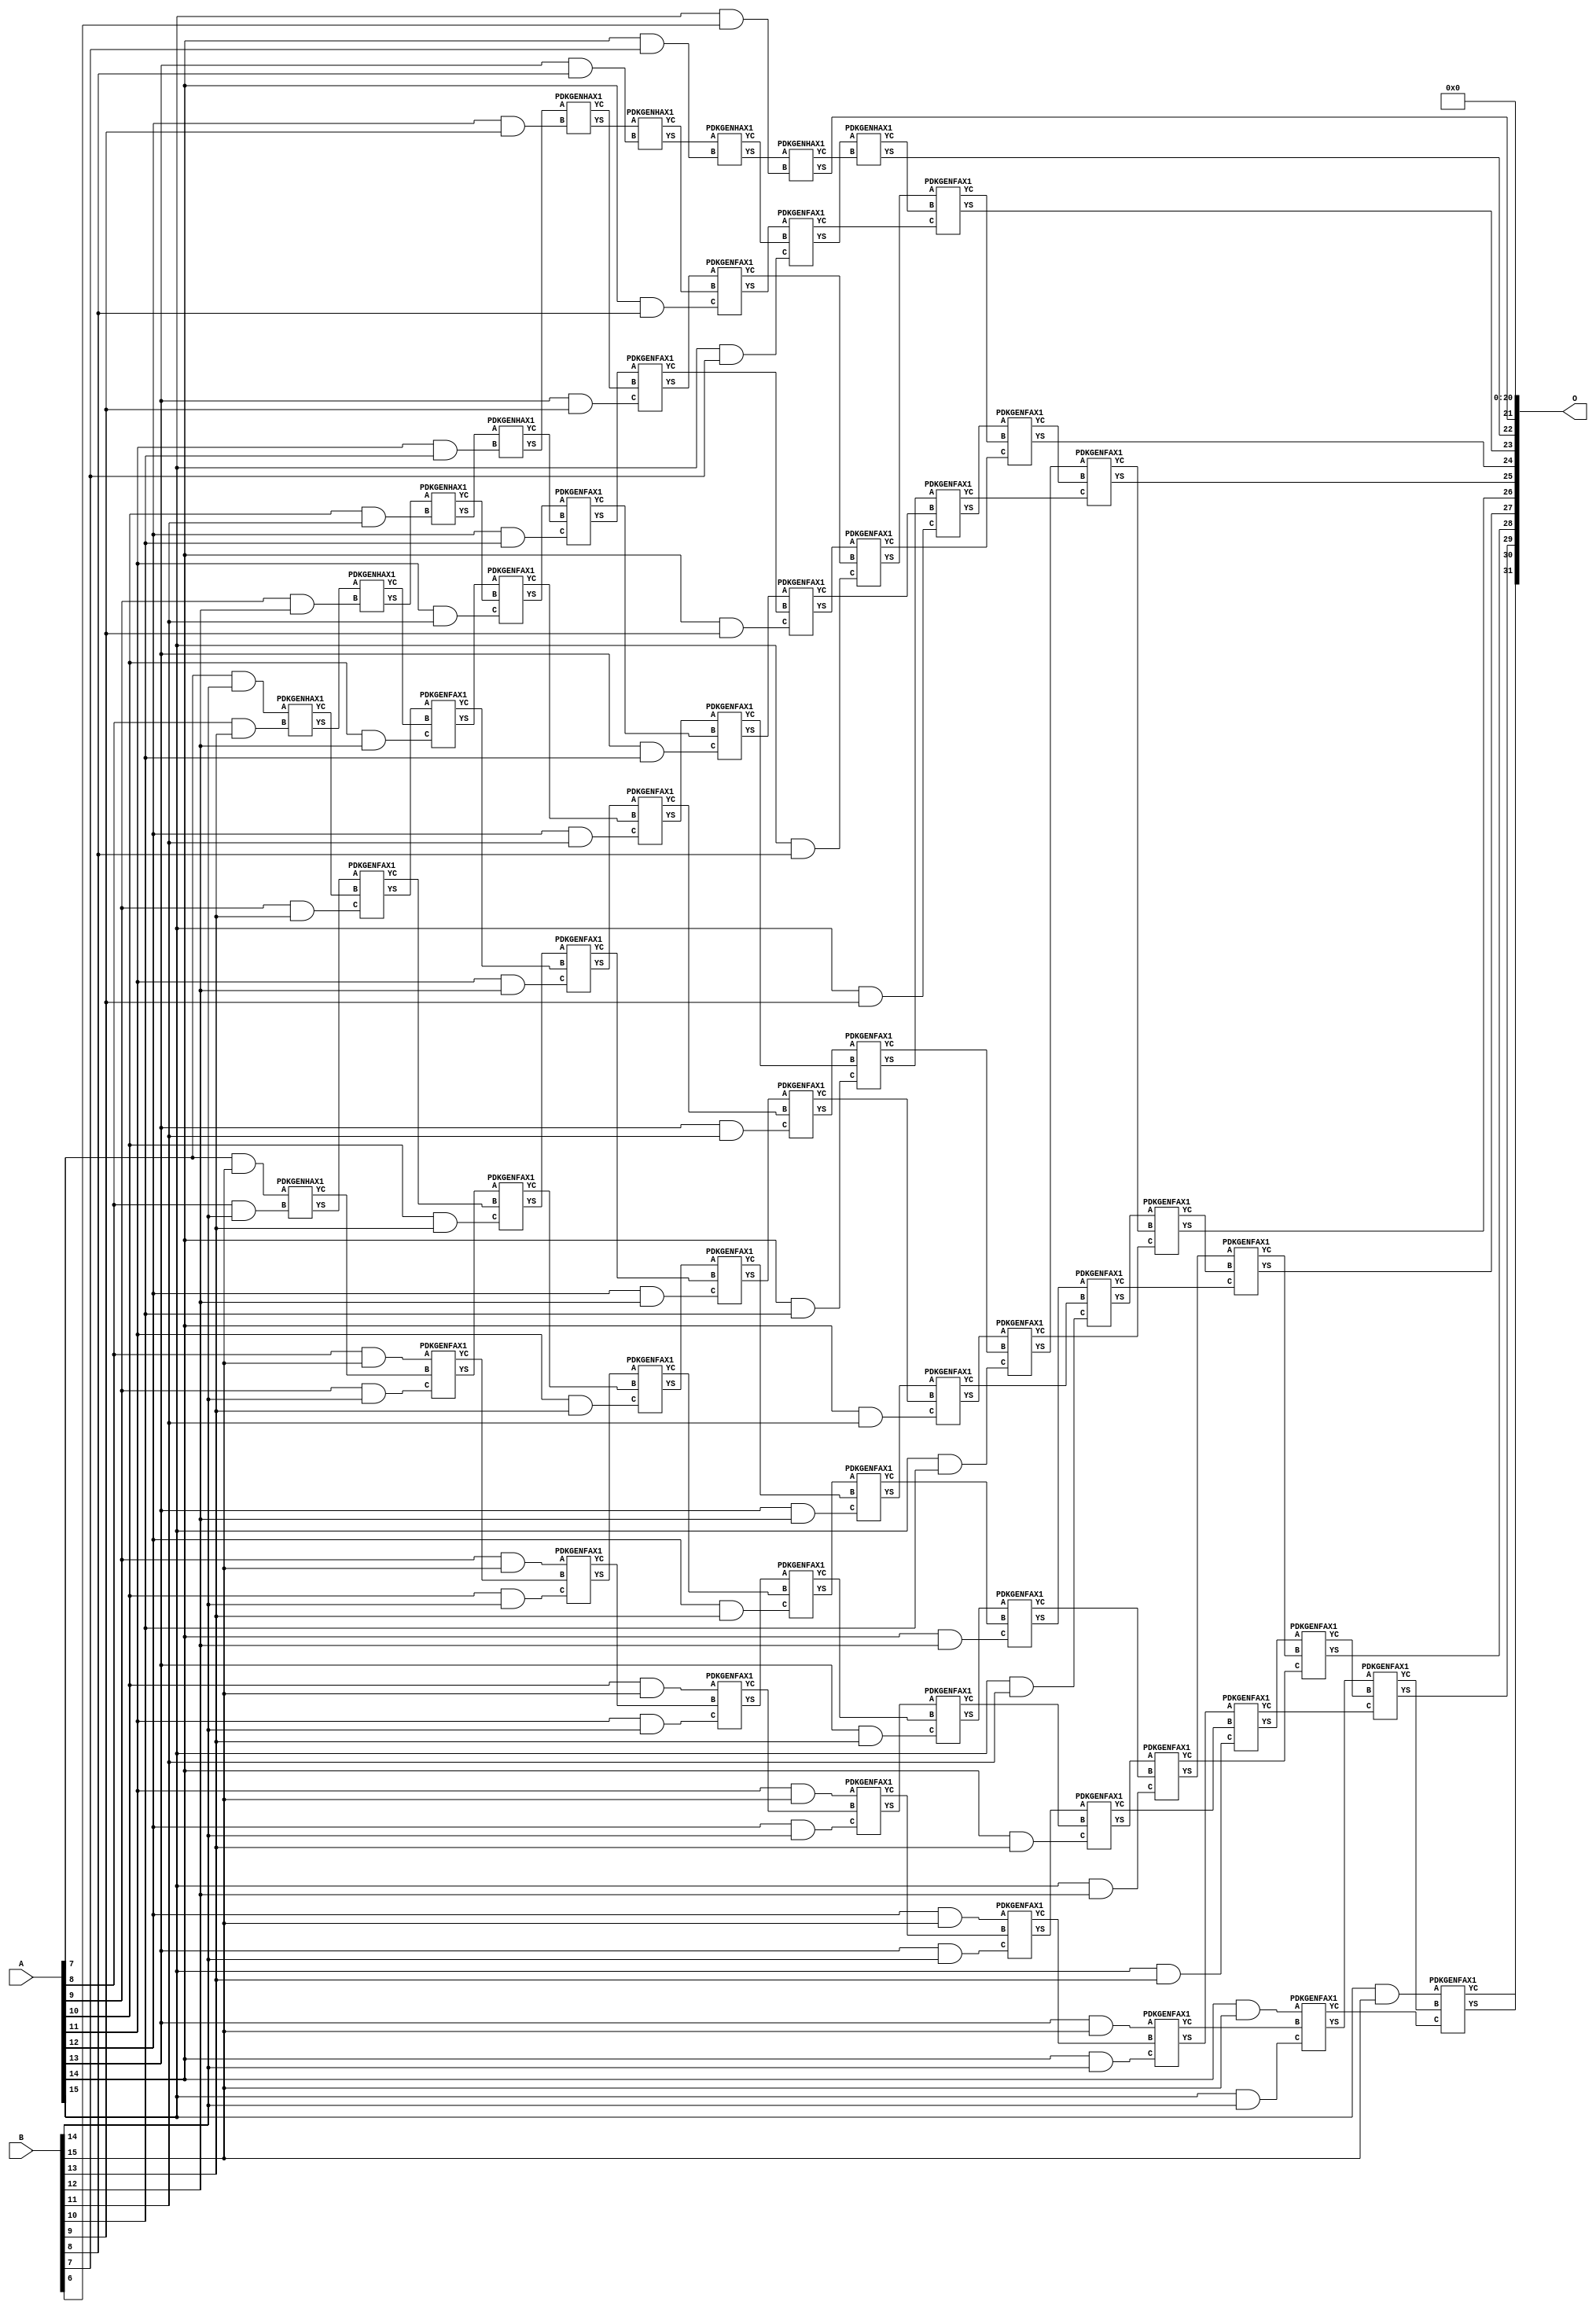
/***
* This code is a part of EvoApproxLib library (ehw.fit.vutbr.cz/approxlib) distributed under The MIT License.
* When used, please cite the following article(s): V. Mrazek, Z. Vasicek, L. Sekanina, H. Jiang and J. Han, "Scalable Construction of Approximate Multipliers With Formally Guaranteed Worst Case Error" in IEEE Transactions on Very Large Scale Integration (VLSI) Systems, vol. 26, no. 11, pp. 2572-2576, Nov. 2018. doi: 10.1109/TVLSI.2018.2856362 
* This file contains a circuit from a sub-set of pareto optimal circuits with respect to the pwr and wce parameters
***/
// MAE% = 0.16 %
// MAE = 6782976 
// WCE% = 0.63 %
// WCE = 27131905 
// WCRE% = 100.00 %
// EP% = 100.00 %
// MRE% = 3.06 %
// MSE = 55158.891e9 
// PDK45_PWR = 0.401 mW
// PDK45_AREA = 642.0 um2
// PDK45_DELAY = 1.97 ns


module mul16u_GPE ( A, B, O );
  input [15:0] A;
  input [15:0] B;
  output [31:0] O;

  wire C_10_11,C_10_12,C_10_13,C_10_14,C_11_10,C_11_11,C_11_12,C_11_13,C_11_14,C_12_10,C_12_11,C_12_12,C_12_13,C_12_14,C_12_9,C_13_10,C_13_11,C_13_12,C_13_13,C_13_14,C_13_8,C_13_9,C_14_10,C_14_11,C_14_12,C_14_13,C_14_14,C_14_7,C_14_8,C_14_9,C_15_10,C_15_11,C_15_12,C_15_13,C_15_14,C_15_6,C_15_7,C_15_8,C_15_9,C_16_10,C_16_11,C_16_12,C_16_13,C_16_14,C_16_6,C_16_7,C_16_8,C_16_9,C_8_13,C_8_14,C_9_12,C_9_13,C_9_14,S_10_11,S_10_12,S_10_13,S_10_14,S_10_15,S_11_10,S_11_11,S_11_12,S_11_13,S_11_14,S_11_15,S_12_10,S_12_11,S_12_12,S_12_13,S_12_14,S_12_15,S_12_9,S_13_10,S_13_11,S_13_12,S_13_13,S_13_14,S_13_15,S_13_8,S_13_9,S_14_10,S_14_11,S_14_12,S_14_13,S_14_14,S_14_15,S_14_7,S_14_8,S_14_9,S_15_10,S_15_11,S_15_12,S_15_13,S_15_14,S_15_15,S_15_6,S_15_7,S_15_8,S_15_9,S_16_10,S_16_11,S_16_12,S_16_13,S_16_14,S_16_15,S_16_5,S_16_6,S_16_7,S_16_8,S_16_9,S_7_14,S_7_15,S_8_13,S_8_14,S_8_15,S_9_12,S_9_13,S_9_14,S_9_15;

  assign S_7_14 = (A[7] & B[14]);
  assign S_7_15 = (A[7] & B[15]);
  PDKGENHAX1 U184446 (.A(S_7_14), .B((A[8] & B[13])), .YS(S_8_13), .YC(C_8_13));
  PDKGENHAX1 U184447 (.A(S_7_15), .B((A[8] & B[14])), .YS(S_8_14), .YC(C_8_14));
  assign S_8_15 = (A[8] & B[15]);
  PDKGENHAX1 U184461 (.A(S_8_13), .B((A[9] & B[12])), .YS(S_9_12), .YC(C_9_12));
  PDKGENFAX1 U184462 (.A(S_8_14), .B(C_8_13), .C((A[9] & B[13])), .YS(S_9_13), .YC(C_9_13));
  PDKGENFAX1 U184463 (.A(S_8_15), .B(C_8_14), .C((A[9] & B[14])), .YS(S_9_14), .YC(C_9_14));
  assign S_9_15 = (A[9] & B[15]);
  PDKGENHAX1 U184476 (.A(S_9_12), .B((A[10] & B[11])), .YS(S_10_11), .YC(C_10_11));
  PDKGENFAX1 U184477 (.A(S_9_13), .B(C_9_12), .C((A[10] & B[12])), .YS(S_10_12), .YC(C_10_12));
  PDKGENFAX1 U184478 (.A(S_9_14), .B(C_9_13), .C((A[10] & B[13])), .YS(S_10_13), .YC(C_10_13));
  PDKGENFAX1 U184479 (.A(S_9_15), .B(C_9_14), .C((A[10] & B[14])), .YS(S_10_14), .YC(C_10_14));
  assign S_10_15 = (A[10] & B[15]);
  PDKGENHAX1 U184491 (.A(S_10_11), .B((A[11] & B[10])), .YS(S_11_10), .YC(C_11_10));
  PDKGENFAX1 U184492 (.A(S_10_12), .B(C_10_11), .C((A[11] & B[11])), .YS(S_11_11), .YC(C_11_11));
  PDKGENFAX1 U184493 (.A(S_10_13), .B(C_10_12), .C((A[11] & B[12])), .YS(S_11_12), .YC(C_11_12));
  PDKGENFAX1 U184494 (.A(S_10_14), .B(C_10_13), .C((A[11] & B[13])), .YS(S_11_13), .YC(C_11_13));
  PDKGENFAX1 U184495 (.A(S_10_15), .B(C_10_14), .C((A[11] & B[14])), .YS(S_11_14), .YC(C_11_14));
  assign S_11_15 = (A[11] & B[15]);
  PDKGENHAX1 U184506 (.A(S_11_10), .B((A[12] & B[9])), .YS(S_12_9), .YC(C_12_9));
  PDKGENFAX1 U184507 (.A(S_11_11), .B(C_11_10), .C((A[12] & B[10])), .YS(S_12_10), .YC(C_12_10));
  PDKGENFAX1 U184508 (.A(S_11_12), .B(C_11_11), .C((A[12] & B[11])), .YS(S_12_11), .YC(C_12_11));
  PDKGENFAX1 U184509 (.A(S_11_13), .B(C_11_12), .C((A[12] & B[12])), .YS(S_12_12), .YC(C_12_12));
  PDKGENFAX1 U184510 (.A(S_11_14), .B(C_11_13), .C((A[12] & B[13])), .YS(S_12_13), .YC(C_12_13));
  PDKGENFAX1 U184511 (.A(S_11_15), .B(C_11_14), .C((A[12] & B[14])), .YS(S_12_14), .YC(C_12_14));
  assign S_12_15 = (A[12] & B[15]);
  PDKGENHAX1 U184521 (.A(S_12_9), .B((A[13] & B[8])), .YS(S_13_8), .YC(C_13_8));
  PDKGENFAX1 U184522 (.A(S_12_10), .B(C_12_9), .C((A[13] & B[9])), .YS(S_13_9), .YC(C_13_9));
  PDKGENFAX1 U184523 (.A(S_12_11), .B(C_12_10), .C((A[13] & B[10])), .YS(S_13_10), .YC(C_13_10));
  PDKGENFAX1 U184524 (.A(S_12_12), .B(C_12_11), .C((A[13] & B[11])), .YS(S_13_11), .YC(C_13_11));
  PDKGENFAX1 U184525 (.A(S_12_13), .B(C_12_12), .C((A[13] & B[12])), .YS(S_13_12), .YC(C_13_12));
  PDKGENFAX1 U184526 (.A(S_12_14), .B(C_12_13), .C((A[13] & B[13])), .YS(S_13_13), .YC(C_13_13));
  PDKGENFAX1 U184527 (.A(S_12_15), .B(C_12_14), .C((A[13] & B[14])), .YS(S_13_14), .YC(C_13_14));
  assign S_13_15 = (A[13] & B[15]);
  PDKGENHAX1 U184536 (.A(S_13_8), .B((A[14] & B[7])), .YS(S_14_7), .YC(C_14_7));
  PDKGENFAX1 U184537 (.A(S_13_9), .B(C_13_8), .C((A[14] & B[8])), .YS(S_14_8), .YC(C_14_8));
  PDKGENFAX1 U184538 (.A(S_13_10), .B(C_13_9), .C((A[14] & B[9])), .YS(S_14_9), .YC(C_14_9));
  PDKGENFAX1 U184539 (.A(S_13_11), .B(C_13_10), .C((A[14] & B[10])), .YS(S_14_10), .YC(C_14_10));
  PDKGENFAX1 U184540 (.A(S_13_12), .B(C_13_11), .C((A[14] & B[11])), .YS(S_14_11), .YC(C_14_11));
  PDKGENFAX1 U184541 (.A(S_13_13), .B(C_13_12), .C((A[14] & B[12])), .YS(S_14_12), .YC(C_14_12));
  PDKGENFAX1 U184542 (.A(S_13_14), .B(C_13_13), .C((A[14] & B[13])), .YS(S_14_13), .YC(C_14_13));
  PDKGENFAX1 U184543 (.A(S_13_15), .B(C_13_14), .C((A[14] & B[14])), .YS(S_14_14), .YC(C_14_14));
  assign S_14_15 = (A[14] & B[15]);
  PDKGENHAX1 U184551 (.A(S_14_7), .B((A[15] & B[6])), .YS(S_15_6), .YC(C_15_6));
  PDKGENFAX1 U184552 (.A(S_14_8), .B(C_14_7), .C((A[15] & B[7])), .YS(S_15_7), .YC(C_15_7));
  PDKGENFAX1 U184553 (.A(S_14_9), .B(C_14_8), .C((A[15] & B[8])), .YS(S_15_8), .YC(C_15_8));
  PDKGENFAX1 U184554 (.A(S_14_10), .B(C_14_9), .C((A[15] & B[9])), .YS(S_15_9), .YC(C_15_9));
  PDKGENFAX1 U184555 (.A(S_14_11), .B(C_14_10), .C((A[15] & B[10])), .YS(S_15_10), .YC(C_15_10));
  PDKGENFAX1 U184556 (.A(S_14_12), .B(C_14_11), .C((A[15] & B[11])), .YS(S_15_11), .YC(C_15_11));
  PDKGENFAX1 U184557 (.A(S_14_13), .B(C_14_12), .C((A[15] & B[12])), .YS(S_15_12), .YC(C_15_12));
  PDKGENFAX1 U184558 (.A(S_14_14), .B(C_14_13), .C((A[15] & B[13])), .YS(S_15_13), .YC(C_15_13));
  PDKGENFAX1 U184559 (.A(S_14_15), .B(C_14_14), .C((A[15] & B[14])), .YS(S_15_14), .YC(C_15_14));
  assign S_15_15 = (A[15] & B[15]);
  assign S_16_5 = S_15_6;
  PDKGENHAX1 U184567 (.A(S_15_7), .B(C_15_6), .YS(S_16_6), .YC(C_16_6));
  PDKGENFAX1 U184568 (.A(S_15_8), .B(C_16_6), .C(C_15_7), .YS(S_16_7), .YC(C_16_7));
  PDKGENFAX1 U184569 (.A(S_15_9), .B(C_16_7), .C(C_15_8), .YS(S_16_8), .YC(C_16_8));
  PDKGENFAX1 U184570 (.A(S_15_10), .B(C_16_8), .C(C_15_9), .YS(S_16_9), .YC(C_16_9));
  PDKGENFAX1 U184571 (.A(S_15_11), .B(C_16_9), .C(C_15_10), .YS(S_16_10), .YC(C_16_10));
  PDKGENFAX1 U184572 (.A(S_15_12), .B(C_16_10), .C(C_15_11), .YS(S_16_11), .YC(C_16_11));
  PDKGENFAX1 U184573 (.A(S_15_13), .B(C_16_11), .C(C_15_12), .YS(S_16_12), .YC(C_16_12));
  PDKGENFAX1 U184574 (.A(S_15_14), .B(C_16_12), .C(C_15_13), .YS(S_16_13), .YC(C_16_13));
  PDKGENFAX1 U184575 (.A(S_15_15), .B(C_16_13), .C(C_15_14), .YS(S_16_14), .YC(C_16_14));
  assign S_16_15 = C_16_14;
  assign O = {S_16_15,S_16_14,S_16_13,S_16_12,S_16_11,S_16_10,S_16_9,S_16_8,S_16_7,S_16_6,S_16_5,1'b0,1'b0,1'b0,1'b0,1'b0,1'b0,1'b0,1'b0,1'b0,1'b0,1'b0,1'b0,1'b0,1'b0,1'b0,1'b0,1'b0,1'b0,1'b0,1'b0,1'b0};

endmodule

/* mod */
module PDKGENHAX1( input A, input B, output YS, output YC );
    assign YS = A ^ B;
    assign YC = A & B;
endmodule
/* mod */
module PDKGENFAX1( input A, input B, input C, output YS, output YC );
    assign YS = (A ^ B) ^ C;
    assign YC = (A & B) | (B & C) | (A & C);
endmodule